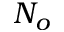
N _ { o }